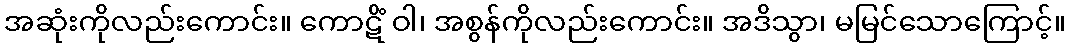
အဆုံးကိုလည်းကောင်း။ ကောဋိံ ဝါ၊ အစွန်ကိုလည်းကောင်း။ အဒိသွာ၊ မမြင်သောကြောင့်။